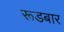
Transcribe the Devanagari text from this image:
रूडबार